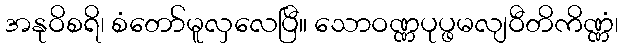
အနုဝိစရိ၊ စံတော်မူလှလေပြီ။ သောဝဏ္ဏပုပ္ဖမလျဝီတိကိဏ္ဏံ၊